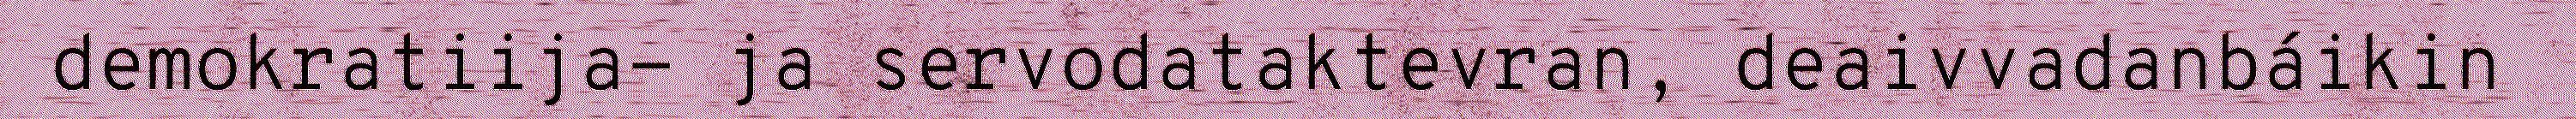
demokratiija- ja servodataktevran, deaivvadanbáikin